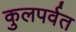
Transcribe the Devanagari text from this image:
कुलपर्वत